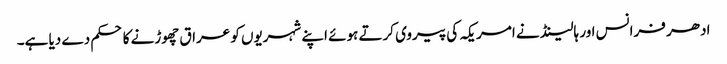
ادھر فرانس اور ہالینڈ نے امریکہ کی پیروی کرتے ہوئے اپنے شہریوں کو عراق چھوڑنے کا حکم دے دیا ہے۔